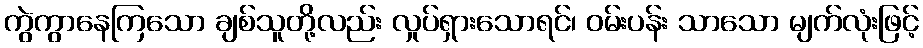
ကွဲကွာနေကြသော ချစ်သူတို့လည်း လှုပ်ရှားသောရင်၊ ဝမ်းပန်း သာသော မျက်လုံးဖြင့်